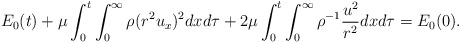
\begin{align*}E_0(t)+\mu\int_0^t\int_0^\infty\rho(r^2u_x)^2dxd\tau+2\mu\int_0^t\int_0^\infty\rho^{-1}\frac{u^2}{r^2}dxd\tau=E_0(0).\end{align*}